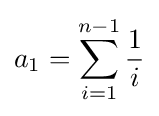
a_{1}=\sum _{i=1}^{n-1}{\frac {1}{i}}